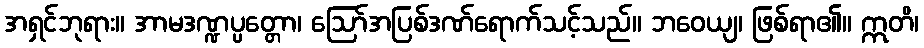
အရှင်ဘုရား။ အာမဒဏ္ဍပ္ပတ္တော၊ ဩော်အပြစ်ဒဏ်ရောက်သင့်သည်။ ဘဝေယျ၊ ဖြစ်ရာ၏။ ဣတိ၊